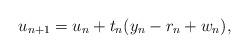
LaTeX: \begin{align*} u_{n+1} = u_n + t_n (y_n - r_n +w_n),\end{align*}